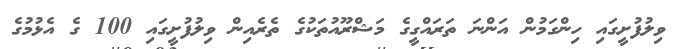
ވިލުފުށީގައި ހިންގަމުން އަންނަ ތަރައްގީގެ މަޝްރޫއުތަކުގެ ތެރެއިން ވިލުފުށީގައި 100 ގެ އެޅުމުގެ